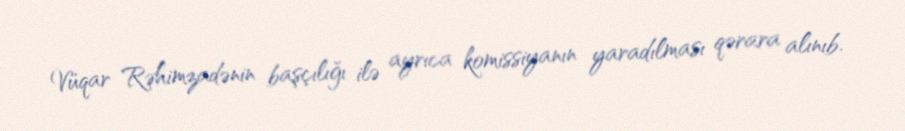
Vüqar Rəhimzadənin başçılığı ilə ayrıca komissiyanın yaradılması qərara alınıb.